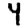
Digit: 4